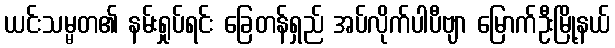
ယင်းသမ္မတ၏ နမ်းရှုပ်ရင်း ခြေတန်ရှည် အပ်လိုက်ပါပီဗျာ မြောက်ဦးမြို့နယ်